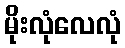
မိုးလုံလေလုံ